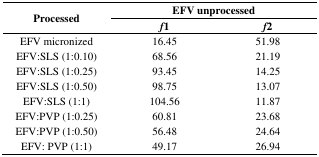
<table><thead><tr><td rowspan="2"><b>Processed</b></td><td colspan="2"><b>EFV unprocessed</b></td></tr><tr><td><b><i>f</i>1</b></td><td><b><i>f</i>2</b></td></tr></thead><tbody><tr><td>EFV micronized</td><td>16.45</td><td>51.98</td></tr><tr><td>EFV:SLS (1:0.10)</td><td>68.56</td><td>21.19</td></tr><tr><td>EFV:SLS (1:0.25)</td><td>93.45</td><td>14.25</td></tr><tr><td>EFV:SLS (1:0.50)</td><td>98.75</td><td>13.07</td></tr><tr><td>EFV:SLS (1:1)</td><td>104.56</td><td>11.87</td></tr><tr><td>EFV:PVP (1:0.25)</td><td>60.81</td><td>23.68</td></tr><tr><td>EFV:PVP (1:0.50)</td><td>56.48</td><td>24.64</td></tr><tr><td>EFV: PVP (1:1)</td><td>49.17</td><td>26.94</td></tr></tbody></table>